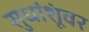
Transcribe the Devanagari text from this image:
सुधांशूंवर